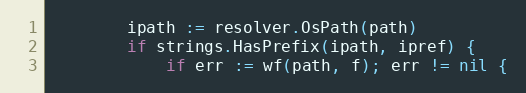
Language: Go
		ipath := resolver.OsPath(path)
		if strings.HasPrefix(ipath, ipref) {
			if err := wf(path, f); err != nil {